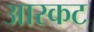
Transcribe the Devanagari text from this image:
आरकट